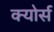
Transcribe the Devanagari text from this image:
क्योर्स